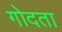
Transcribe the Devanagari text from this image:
गोदता